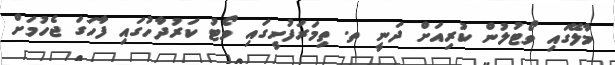
މާލޭގައި ވޯޓުލުން ކުރިއަށް ދަނީ ތ. ތިމަރަފުށީގައި ވޯޓު ކަރުދާހުގައި ފާހަގަ ޖެހުމަށް